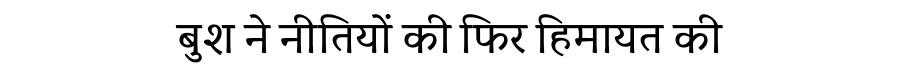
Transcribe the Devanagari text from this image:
बुश ने नीतियों की फिर हिमायत की